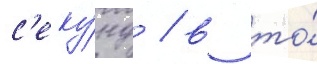
с'еку́нд / в то́